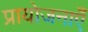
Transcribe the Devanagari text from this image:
प्रायोजनाएँ